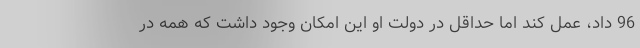
96 داد، عمل کند اما حداقل در دولت او این امکان وجود داشت که همه در